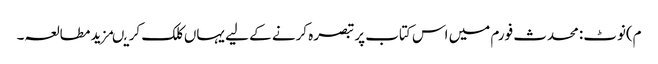
م)نوٹ:محدث فورم میں اس کتاب پر تبصرہ کرنے کے لیے یہاں کلک کریںمزید مطالعہ۔